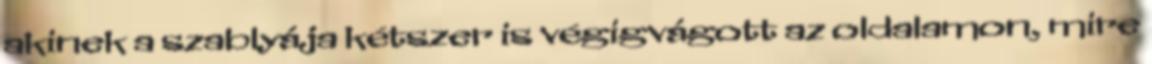
akinek a szablyája kétszer is végigvágott az oldalamon, mire